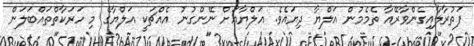
ފަތުރާލާއިގެންވާރޭއާ ތެމެމުން އަލްޔާ ދިޔައެވެ. އަލްޔާއަށް ނޭންގުނު އެއްޗަކީ އަލްޔާގެ މި ހަރަކާތްތައްބަލަން